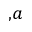
^ { , a }